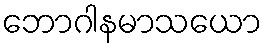
ဘောဂါနမာသယော